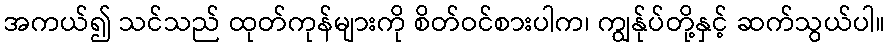
အကယ်၍ သင်သည် ထုတ်ကုန်များကို စိတ်ဝင်စားပါက၊ ကျွန်ုပ်တို့နှင့် ဆက်သွယ်ပါ။